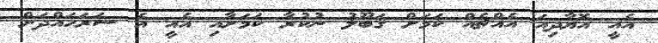
އެއީ އޮޔާދިއަ އެއްޗެއް ކަމަށް ޤަބޫލު ނުކުރާ ކަމަށާއި އެއީ އެ ސަރަހައްދަށް